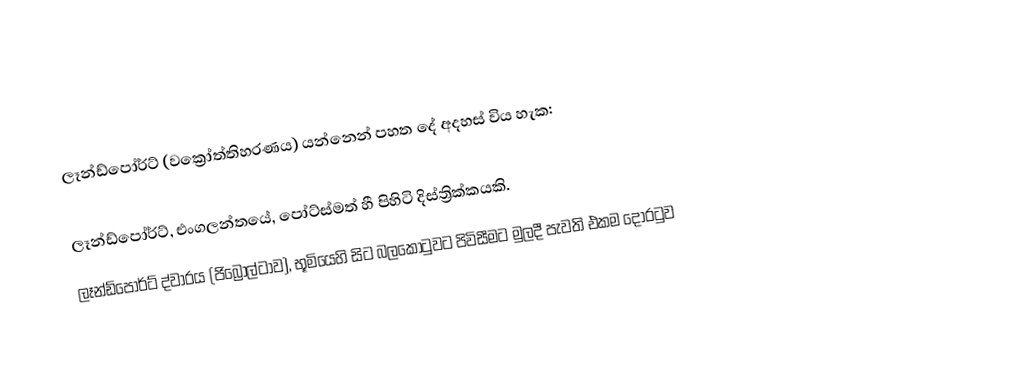
ලෑන්ඩ්පෝර්ට් (වක්‍රෝත්තිහරණය) යන්නෙන් පහත දේ අදහස් විය හැක:

 ලෑන්ඩ්පෝර්ට්, එංගලන්තයේ, පෝට්ස්මත් හී පිහිටි දිස්ත්‍රික්කයකි.
 ලෑන්ඩ්පෝර්ට් ද්වාරය (ජිබ්‍රෝල්ටාව),  භූමියෙහි සිට බලකොටුවට පිවිසීමට මුලදී පැවති එකම දොරටුව